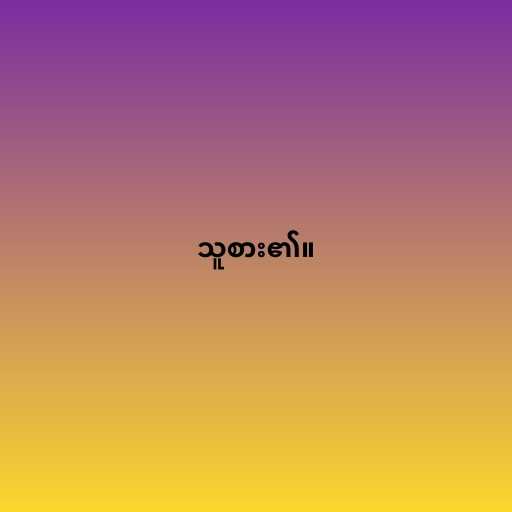
သူစား၏။